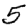
Digit: 5